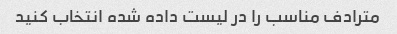
مترادف مناسب را در لیست داده شده انتخاب کنید